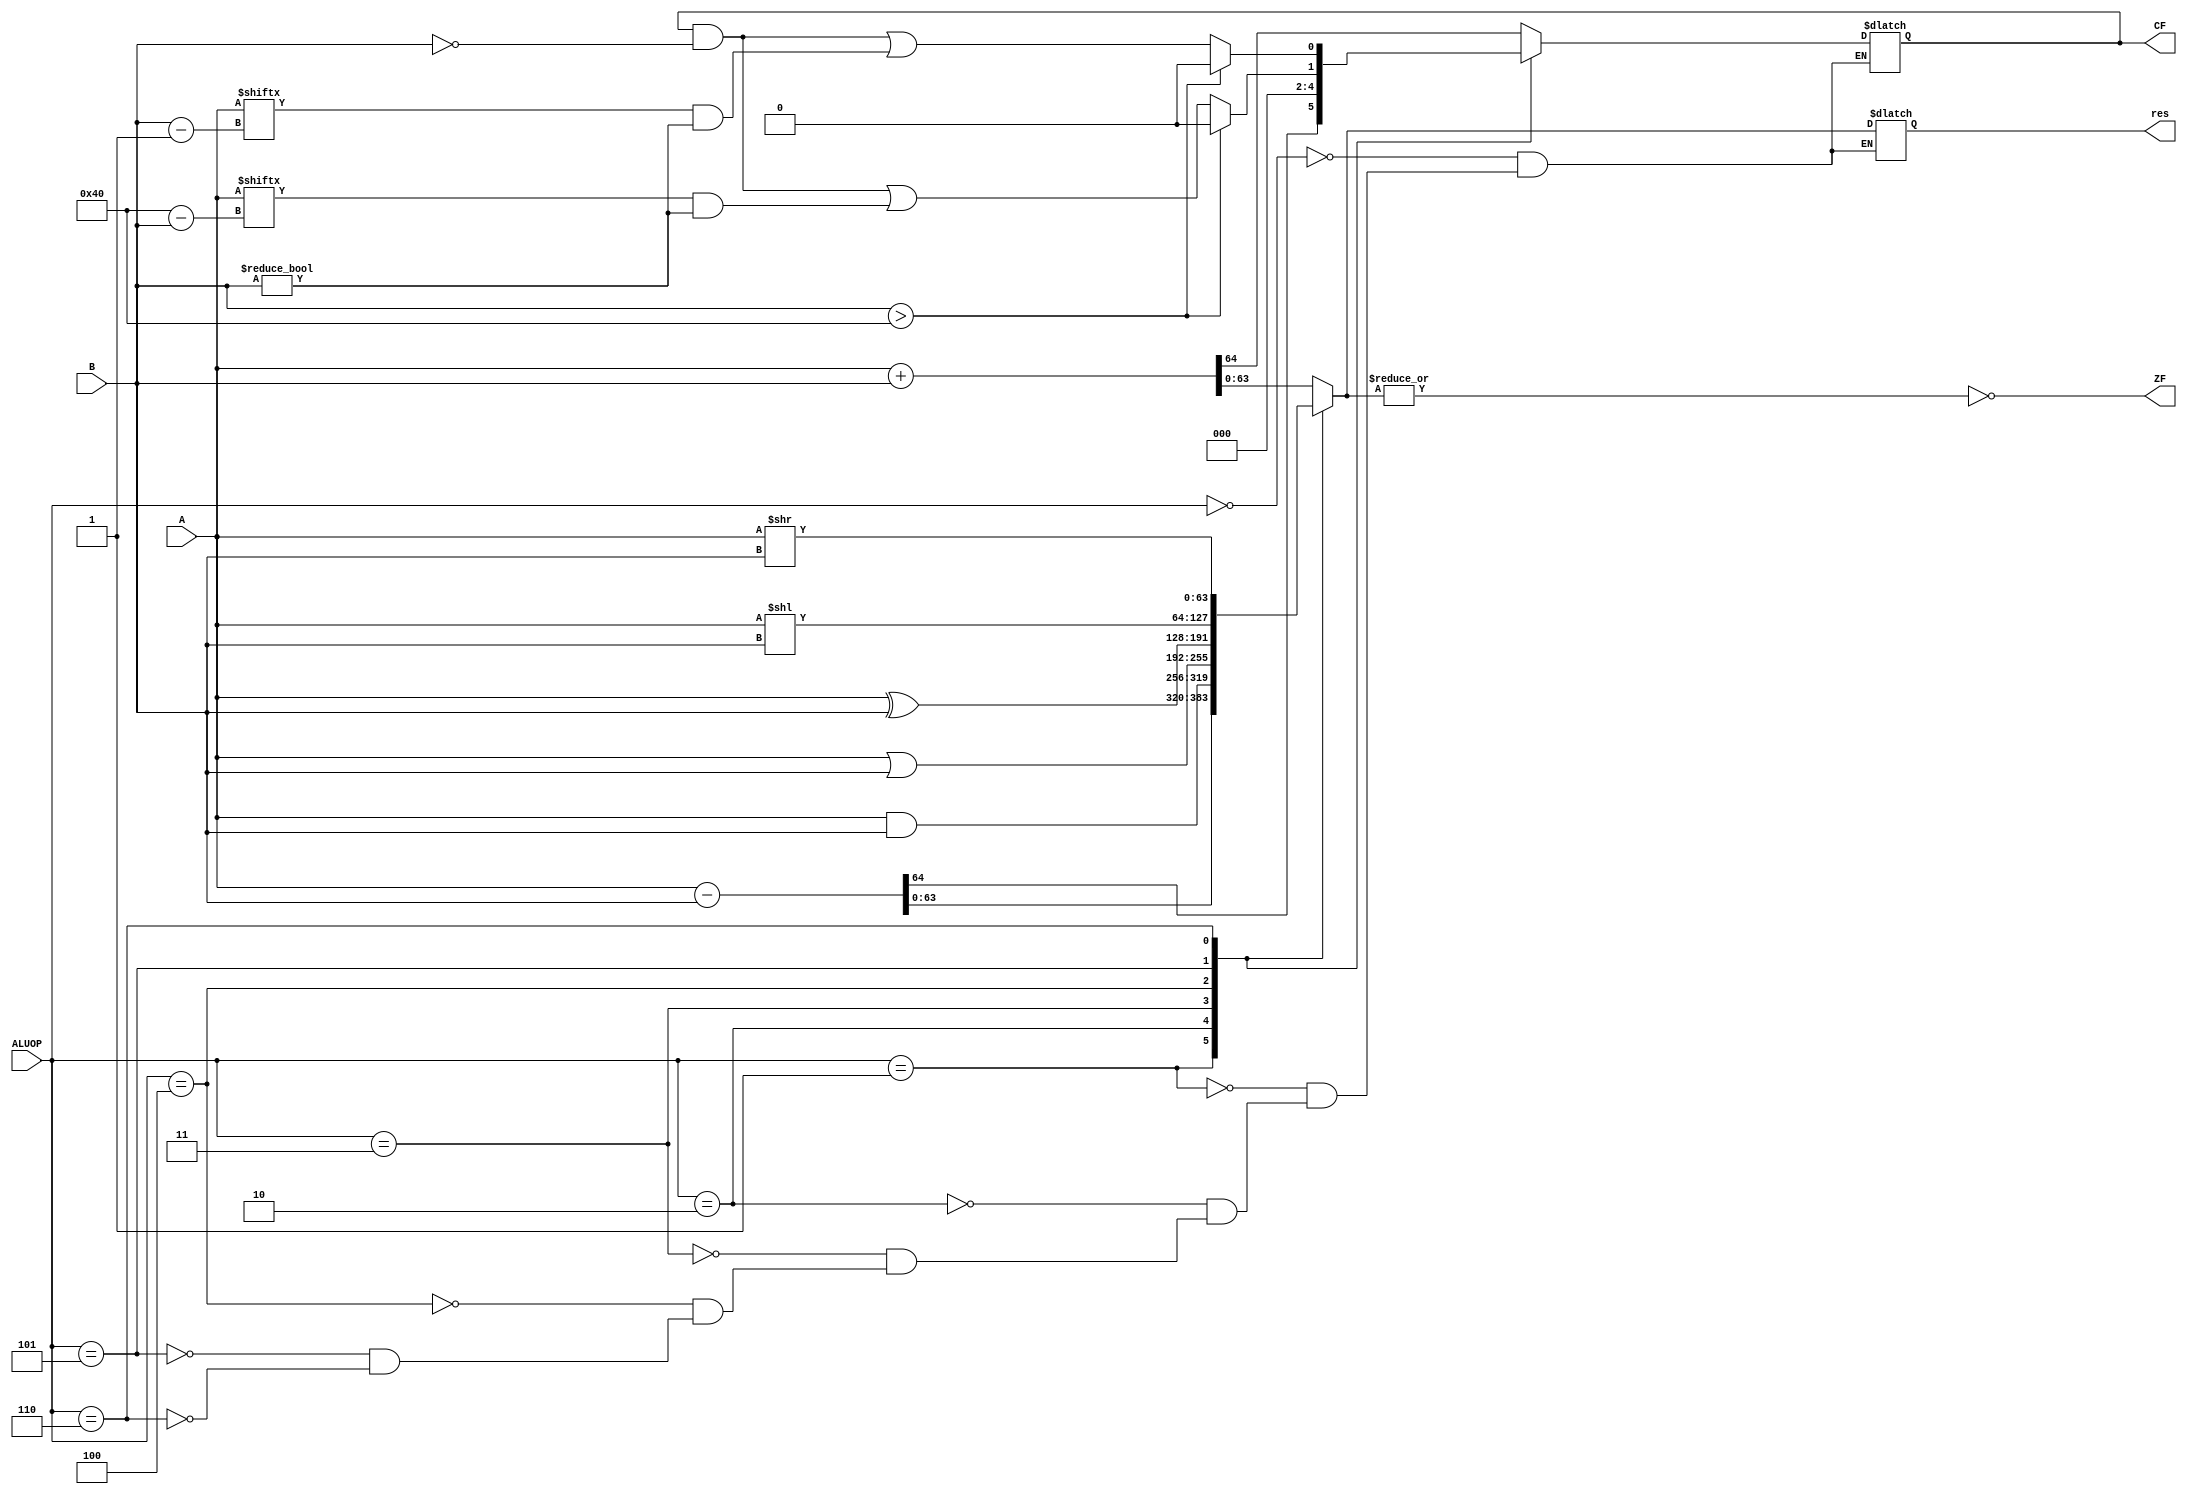
module ALU(A, B, res, ZF, CF, ALUOP);/////////////////////////////

parameter BW = 64; // BIT WIDTH
input [63:0] A,B;
input [2:0] ALUOP;
output reg [63:0] res;
output reg ZF, CF;

always @* begin

case (ALUOP)

    3'b000: begin
    {CF , res} = A + B;
    end
    3'b001: begin
    {CF , res} = A - B;
    end   
    3'b010: begin
    {CF , res} = A & B;
    end   
    3'b011: begin
    {CF , res} = A | B;
    end   
    3'b100: begin
    {CF , res} = A ^ B;
    end
    3'b101: begin // I shift A (B times)
    // if B (the shift amount) is greater than 64(BW) we let it zero else we take the last bit shifted to the left of A
    CF = (B > BW) ? 0 : CF&(B == 0) | (A[BW - B])&(B != 0);
    res = A << B;
    end
    3'b110: begin
      // when shifting to the right I let the carry equal to the last bit shifted to the right (opposite of shift left)
    CF = (B > BW) ? 0 : CF&(B == 0) | (A[B - 1])&(B != 0);
    res = A >> B;
    end
endcase
    // the zero flag is high if and only if all bits are low so I did an or gate first (as a reduction operator) 
    // and then invert it
    ZF = ~|res;
end
endmodule


module test_ALU;

parameter BW = 64;
reg signed [BW - 1:0] A, B;
reg [2:0] ALUOP;

wire signed [BW - 1:0] res;
wire ZF, CF;

ALU alu(A, B, res, ZF, CF, ALUOP);

initial begin
  $dumpfile("dump.vcd");
  $dumpvars;
$monitor("ALUOP = %d , A = %d , B = %d , res = %d , CF = %b , ZF = %b"
, ALUOP, A, B, res, CF, ZF);

A = 0; B = 10; ALUOP = 0;
#1 A = 1; B = 5; ALUOP =  0;
#1 A = 2; B = 6; 
#1 A = 3; B = 6; 
#1 A = 4; B = 7; 
#1 A = 5; B = 8; 
#1 A = 0; B = 9; 
#1 A = 3; B = 0; 
#1 A = 7; B = 15;
#1 A = 12; B = 0;


#1 A = 0; B = 10; ALUOP = 1;
#1 A = 1; B = 5; 
#1 A = 2; B = 6; 
#1 A = 3; B = 6; 
#1 A = 4; B = 7; 
#1 A = 5; B = 8; 
#1 A = 0; B = 9; 
#1 A = 3; B = 0; 
#1 A = 7; B = 15;
A = 12; B = 0;   


#1 A = 0; B = 10; ALUOP = 2;
#1 A = 1; B = 5; 
#1 A = 2; B = 6; 
#1 A = 3; B = 6; 
#1 A = 4; B = 7; 
#1 A = 5; B = 8; 
#1 A = 0; B = 9; 
#1 A = 3; B = 0; 
#1 A = 7; B = 15;
#1 A = 12; B = 0;


#1 A = 0; B = 10; ALUOP = 3;
#1 A = 1; B = 5; 
#1 A = 2; B = 6; 
#1 A = 3; B = 6; 
#1 A = 4; B = 7; 
#1 A = 5; B = 8; 
#1 A = 0; B = 9; 
#1 A = 3; B = 0; 
#1 A = 7; B = 15;
#1 A = 12; B = 0;


#1 A = 0; B = 10; ALUOP = 4;
#1 A = 1; B = 5; 
#1 A = 2; B = 6; 
#1 A = 3; B = 6; 
#1 A = 4; B = 7; 
#1 A = 5; B = 8; 
#1 A = 0; B = 9; 
#1 A = 3; B = 0; 
#1 A = 7; B = 15;
#1 A = 12; B = 0;


#1 A = 0; B = 10; ALUOP = 5;
#1 A = 1; B = 5; 
#1 A = 2; B = 6; 
#1 A = 3; B = 6; 
#1 A = 4; B = 7; 
#1 A = 5; B = 8; 
#1 A = -1; B = 9;
#1 A = -1; B = 0;
#1 A = 3; B = 0; 
#1 A = 3; B = 1; 
#1 A = 7; B = 15;
#1 A = 12; B = 0;


  
#1 A = 0; B = 1; ALUOP = 6;
#1 A = 1; B = 1; 
#1 A = 2; B = 1; 
#1 A = 3; B = 1; 
#1 A = 4; B = 1; 
#1 A = 5; B = 1; 
#1 A = 0; B = 1; 
#1 A = 3; B = 1; 
#1 A = 7; B = 15;
#1 A = 12; B = 0;
#1 A = 3; B = 1; 
#1 A = 3; B = 0; 
#1 A = 3; B = 1; 
#1 A = 2; B = 1; 

  
  $finish;
end

endmodule